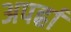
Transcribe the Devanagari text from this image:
अपर्ह्रा